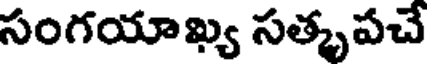
సంగయాఖ్య సత్కృపచే